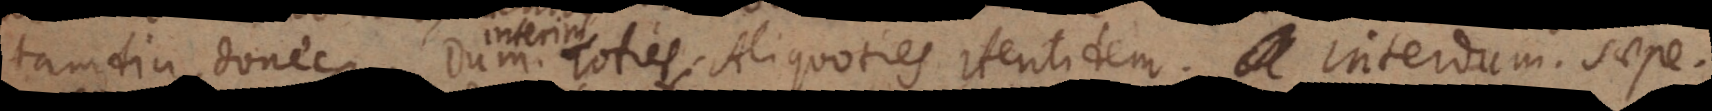
tamdiu donec. Dum. . Toties. Aliquoties. Identidem. Interdum. Saepe.